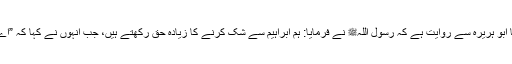
1608: سیدنا ابو ہریرہؓ سے روایت ہے کہ رسول اللہﷺ نے فرمایا: ہم ابراہیمؑ سے شک کرنے کا زیادہ حق رکھتے ہیں، جب انہوں نے کہا کہ ”اے میرے رب!